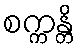
စက္ကန္တိ